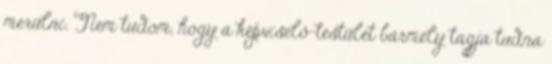
merülni. Nem tudom, hogy a képviselő-testület bármely tagja tudna